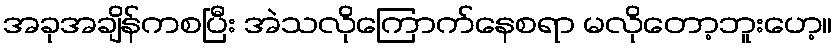
အခုအချိန်ကစပြီး အဲသလိုကြောက်နေစရာ မလိုတော့ဘူးဟေ့။